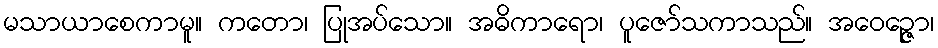
မသာယာစေကာမူ။ ကတော၊ ပြုအပ်သော။ အဓိကာရော၊ ပူဇော်သကာသည်။ အဝေဉ္ဇော၊